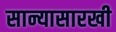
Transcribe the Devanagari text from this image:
सान्यासारखी